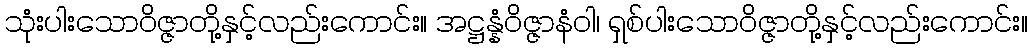
သုံးပါးသောဝိဇ္ဇာတို့နှင့်လည်းကောင်း။ အဋ္ဌန္နံဝိဇ္ဇာနံဝါ၊ ရှစ်ပါးသောဝိဇ္ဇာတို့နှင့်လည်းကောင်း။